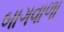
બાગવાળા